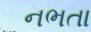
નભતા